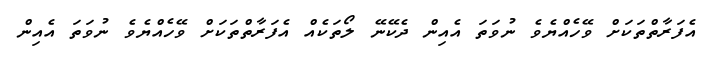
އެފަރާތްތަކަށް ވޭހެއްޔެވެ ނުވަތަ އެއިން ދެކޭނޭ ލޯތަކެއް އެފަރާތްތަކަށް ވޭހެއްޔެވެ ނުވަތަ އެއިން